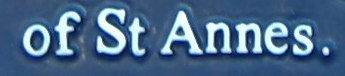
of St Annes